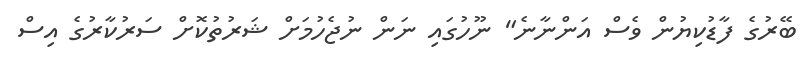
ބޭރުގެ ފާޑުކިޔުން ވެސް އަންނާނެ" ނޫހުގައި ނަން ނުޖެހުމަށް ޝަރުތުކޮށް ސަރުކާރުގެ އިސް